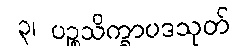
၃၊ ပဉ္စသိက္ခာပဒသုတ်